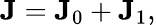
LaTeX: {\mathbf{J}}={\mathbf{J}}_{0}+{\mathbf{J}}_{1},